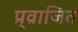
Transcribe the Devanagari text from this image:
प्र्व्राजित